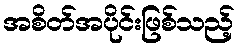
အစိတ်အပိုင်းဖြစ်သည့်